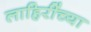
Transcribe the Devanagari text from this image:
लाहिरींच्या